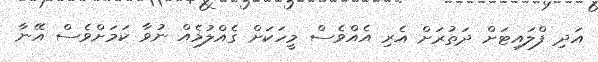
އަދި ފްލައިޓަށް ދަތުރަށް އެރި އެއްވެސް މީހަކަށް ގެއްލުމެއް ނުވާ ކަމަށްވެސް އޭނާ